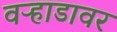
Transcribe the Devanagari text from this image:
वऱ्हाडावर